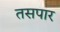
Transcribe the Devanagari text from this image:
तसपार